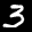
Label: 3